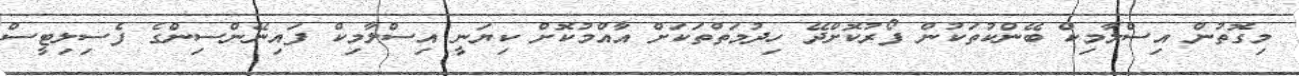
މިގޮތުން އިސްލާމިކް ބޭންކުތަކުން ފޯރުކޮށްދޭ ހިދުމަތްތަކަށް އާއްމުކޮށް ކިޔަނީ އިސްލާމިކް ފައިނޭންސިންގެ ފެސިލިޓީސް